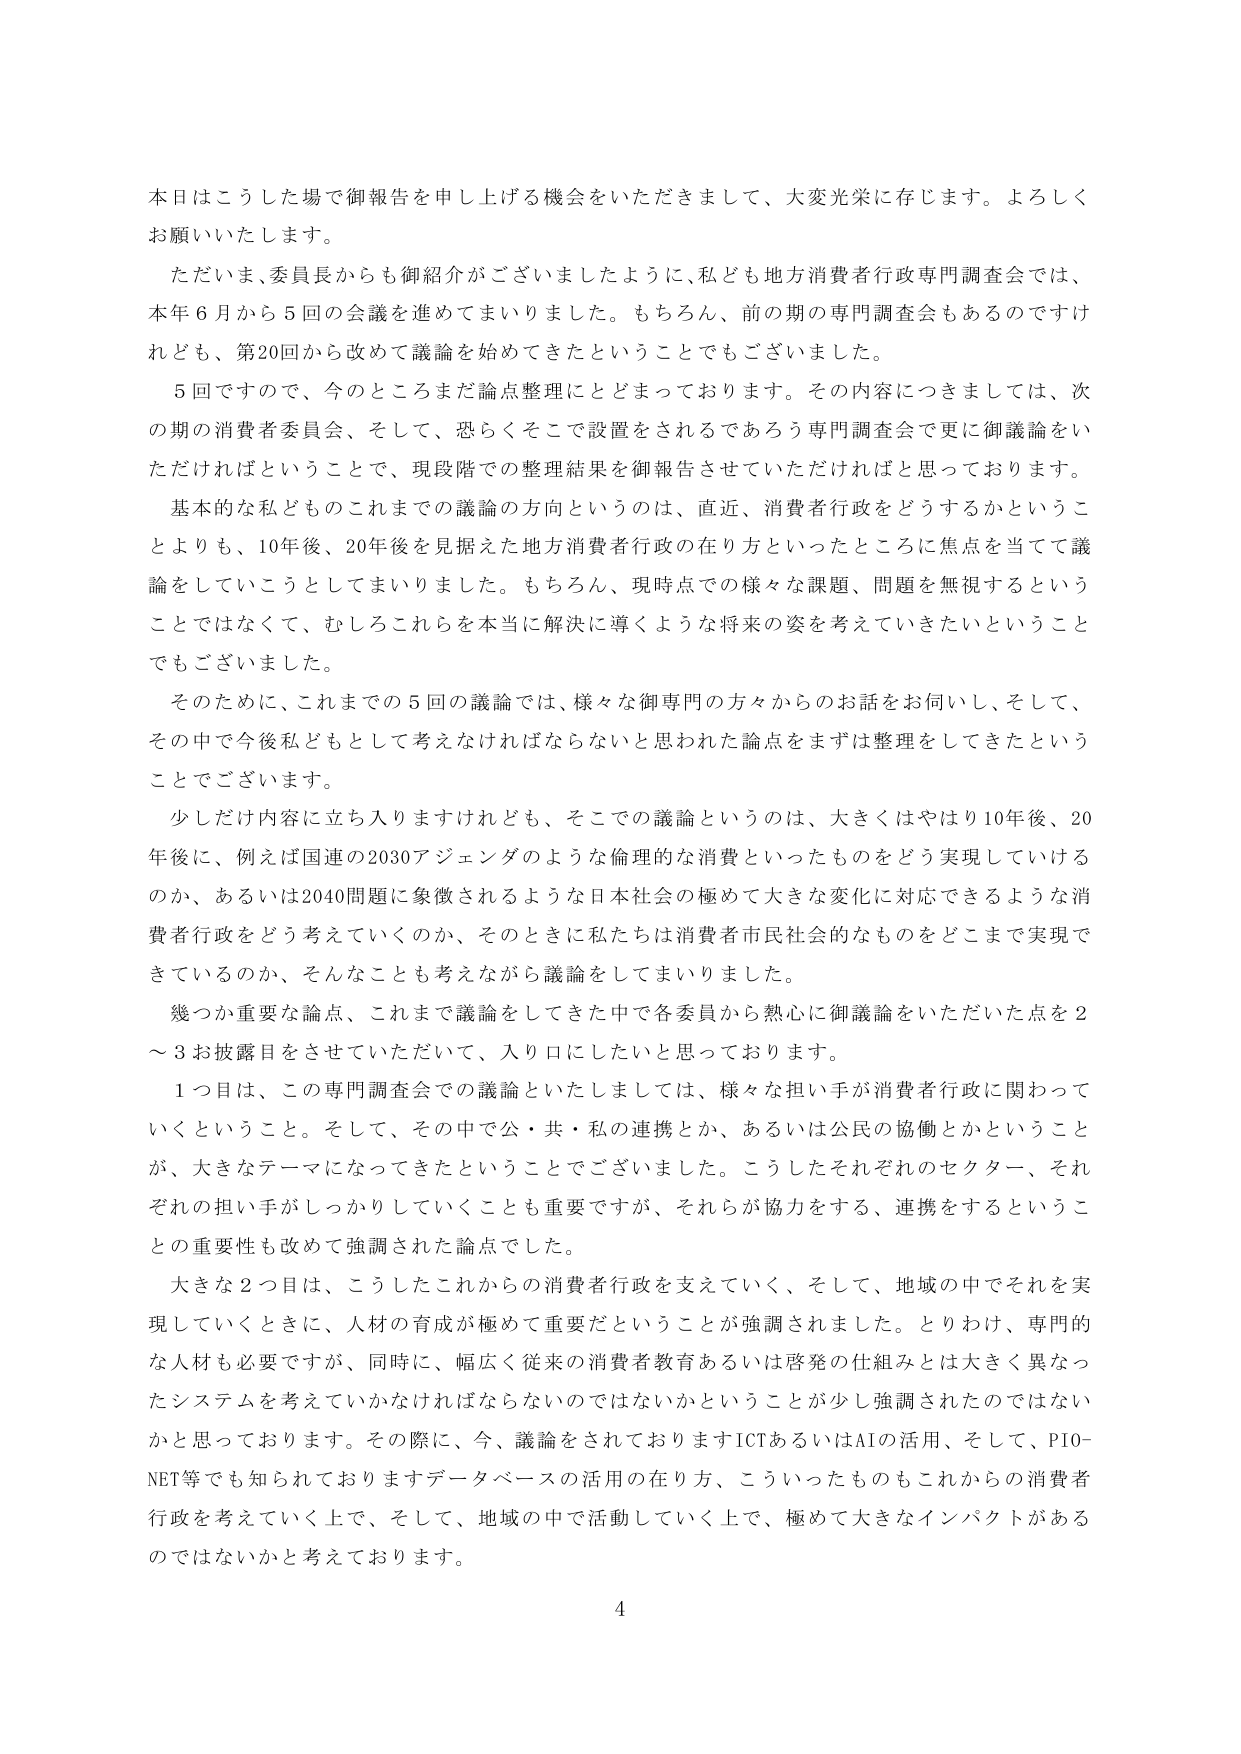
本日はこうした場で御報告を申し上げる機会をいただきまして、大変光栄に存じます。よろしくお願いいたします。

ただいま、委員長からも御紹介がございましたように、私ども地方消費者行政専門調査会では、本年６月から５回の会議を進めてまいりました。もちろん、前の期の専門調査会もあるのですけれども、第20回から改めて議論を始めてきたということでもございました。

５回ですので、今のところまだ論点整理にとどまっております。その内容につきましては、次の期の消費者委員会、そして、恐らくそこで設置をされるであろう専門調査会で更に御議論をいただければということで、現段階での整理結果を御報告させていただければと思っております。

基本的な私どものこれまでの議論の方向というのは、直近、消費者行政をどうするかということよりも、10年後、20年後を見据えた地方消費者行政の在り方といったところに焦点を当てて議論をしていこうとしてまいりました。もちろん、現時点での様々な課題、問題を無視するということではなくて、むしろこれらを本当に解決に導くような将来の姿を考えていくたいということでもございました。

そのために、これまでの５回の議論では、様々な御専門の方々からのお話を伺いし、そして、その中で今後私どもとして考えなければならないと思われた論点をまずは整理をしてきたということでございます。

少しだけ内容に立ち入りますけれども、そこでの議論というのは、大きくはやはり10年後、20年後に、例えば国連の2030アジェンダのような倫理的な消費といったものをどう実現していけるのか、あるいは2040問題に象徴されるような日本社会の極めて大きな変化に対応できるような消費者行政をどう考えていくのか、そのときに私たちは消費者市民社会的なものをどこまで実現できているのか、そんなことも考えながら議論をしてまいりました。

幾つか重要な論点、これまで議論をしてきた中で各委員から熱心に御議論をいただいた点を２～３お披露目をさせていただいて、入り口にしたいと思っております。

１つ目は、この専門調査会での議論といたしましては、様々な担い手が消費者行政に関わっていくということ。そして、その中で公・共・私の連携とか、あるいは公民の協働とかということが、大きなテーマになってきたということでございました。こうしたそれぞれのセクター、それぞれの担い手がしっかりしていくことも重要ですが、それらが協力をする、連携をするというこの重要性も改めて強調された論点でした。

大きな２つ目は、こうしたこれからの中の消費者行政を支えていく、そして、地域の中でそれを実現していくときに、人材の育成が極めて重要だということが強調されました。とりわけ、専門的な人材も必要ですが、同時に、幅広く従来の消費者教育あるいは啓発の仕組みとは大きく異なったシステムを考えていかなければならないのではないかということが少し強調されたのではないかと思っております。その際に、今、議論をされておりますICTあるいはAIの活用、そして、PIO-NET等でも知られておりますデータベースの活用の在り方、こういったものもこれからの中の消費者行政を考えていく上で、そして、地域の中で活動していく上で、極めて大きなインパクトがあるのではないかと考えております。

4